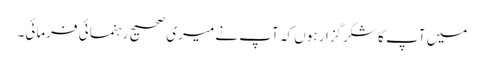
میں آپ کا شکرگزار ہوں کہ آپ نے میری صحیح رہنمائی فرمائی۔